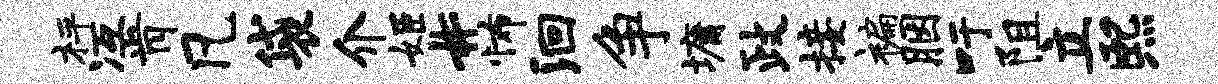
枰冱肯凡袋介姬#怖洄争墉政接褊胭吁阻立熙